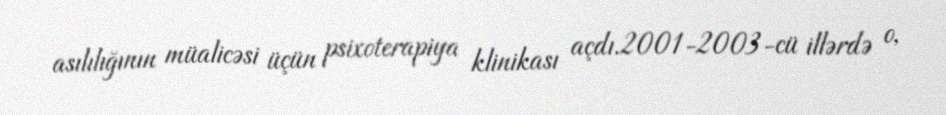
asılılığının müalicəsi üçün psixoterapiya klinikası açdı.2001-2003-cü illərdə o,